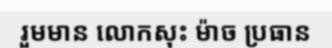
រួមមាន លោកសុះ ម៉ាច ប្រធាន